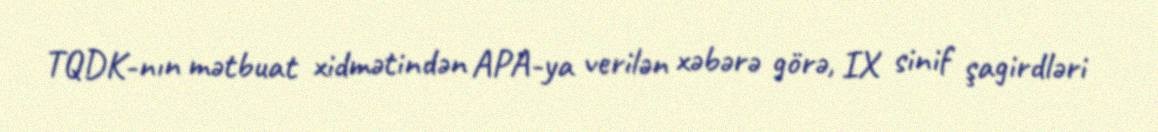
TQDK-nın mətbuat xidmətindən APA-ya verilən xəbərə görə, IX sinif şagirdləri